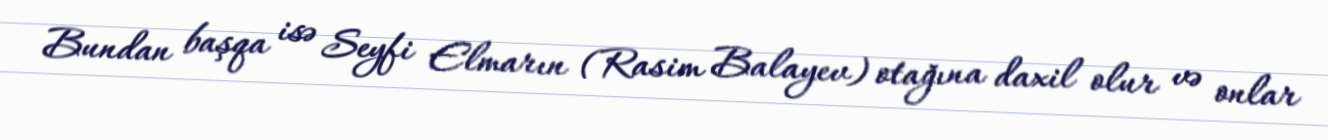
Bundan başqa isə Seyfi Elmarın (Rasim Balayev) otağına daxil olur və onlar